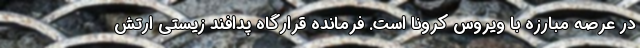
در عرصه مبارزه با ویروس کرونا است. فرمانده قرارگاه پدافند زیستی ارتش